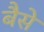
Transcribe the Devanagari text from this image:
बैसे